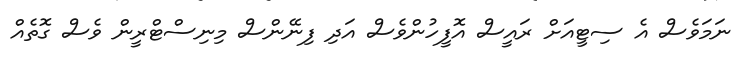
ނަމަވެސް އެ ސިޓީއަށް ރައީސް އޮފީހުންވެސް އަދި ފިނޭންސް މިނިސްޓްރީން ވެސް ގޮތެއް